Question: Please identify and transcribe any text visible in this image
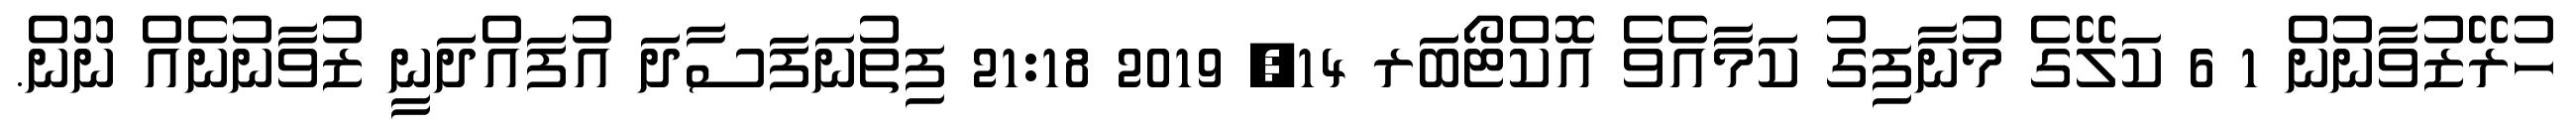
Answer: ހުރޭޒުވާނުން 1 6 ކަލޭގެ މުނާފިގު ކަމާއެވެ އޮކްޓޯބަރ 14, 2019 21:18 ފިތުނަފަސާދަ އުފައްދަނީ ޒުވާނުނެއް ނޫން.